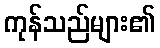
ကုန်သည်များ၏